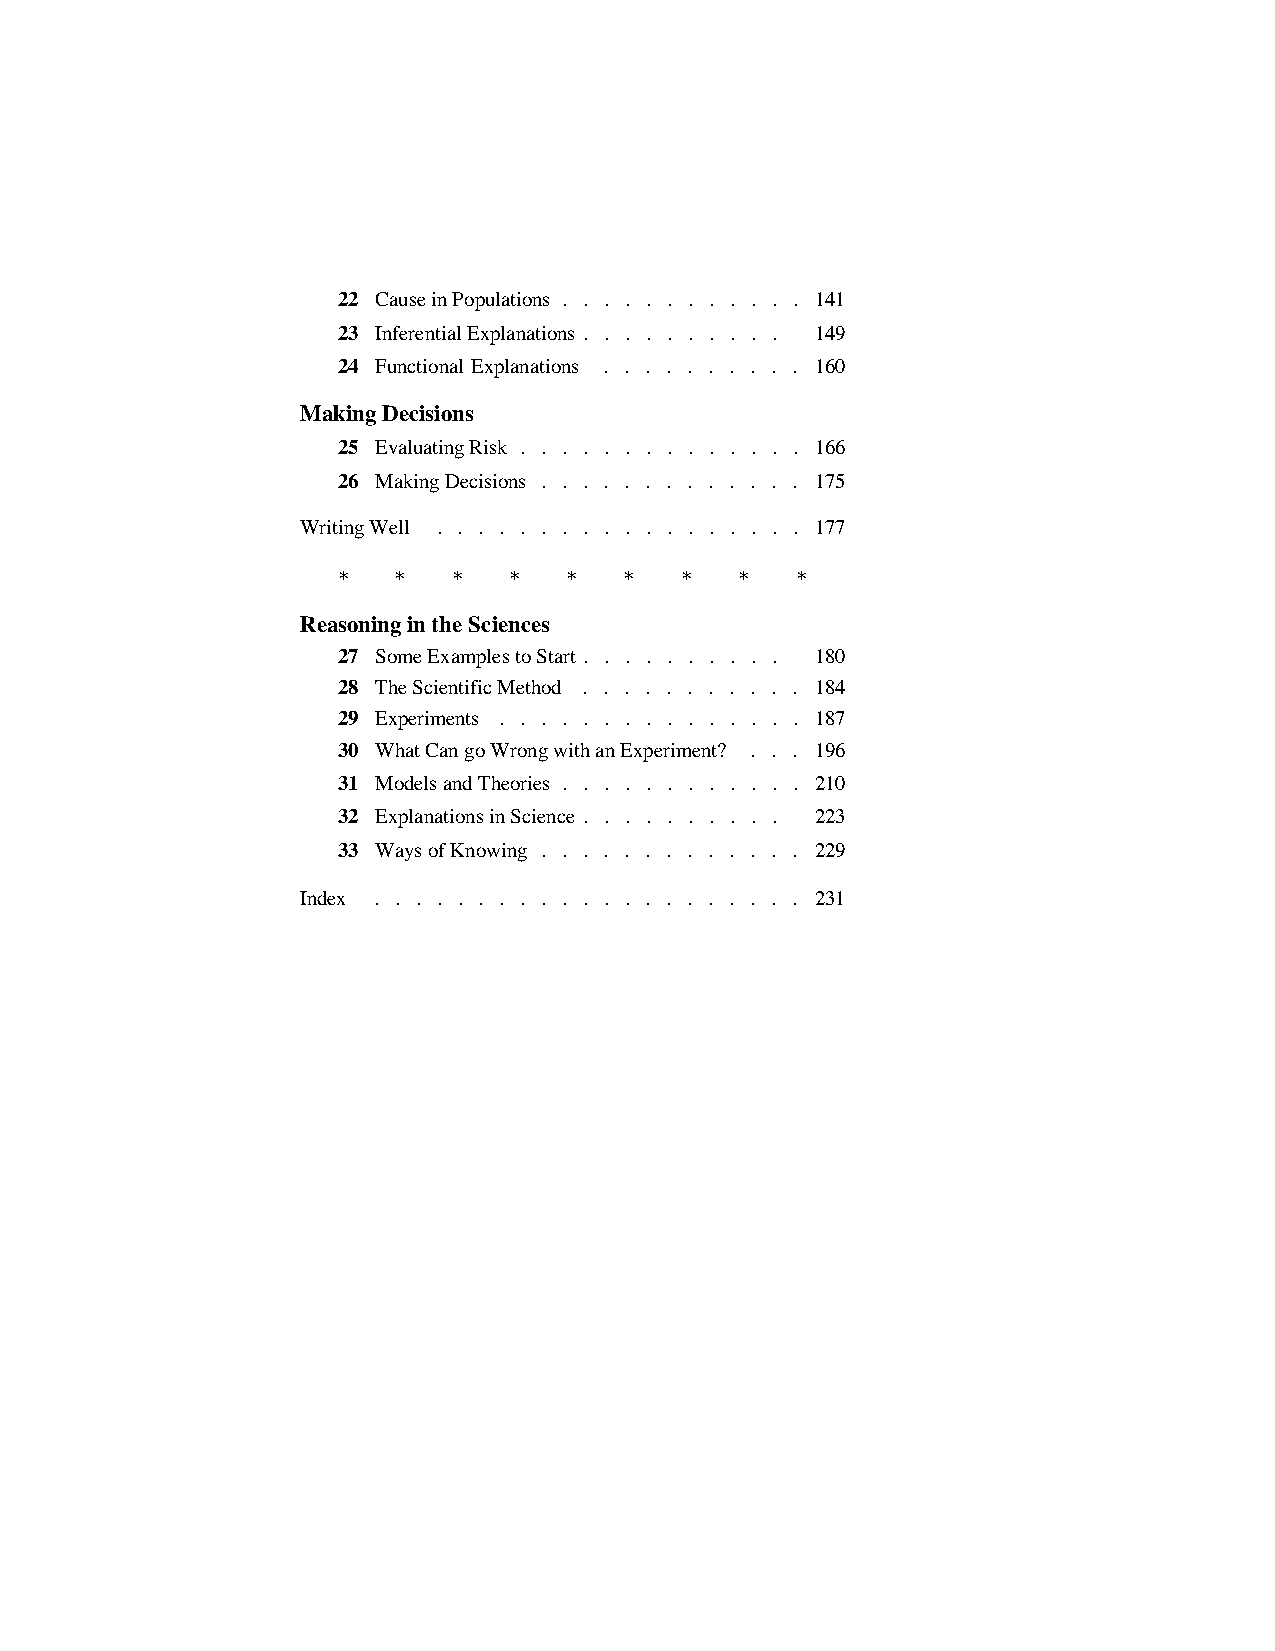
22 Cause in Populations . . . . . . . . . . . . 141
 23 Inferential Explanations . . . . . . . . . . 149
 24 Functional Explanations . . . . . . . . . . 160
 Making Decisions
 25 Evaluating Risk . . . . . . . . . . . . . . 166
 26 Making Decisions . . . . . . . . . . . . . 175
 Writing Well . . . . . . . . . . . . . . . . . . 177
 *   *   *   *   *  *   *   *   *
 Reasoning in the Sciences
 27 Some Examples to Start . . . . . . . . . . 180
 28 The Scientific Method . . . . . . . . . . . 184
 29 Experiments . . . . . . . . . . . . . . . 187
 30 What Can go Wrong with an Experiment? . . . 196
 31 Models and Theories . . . . . . . . . . . . 210
 32 Explanations in Science . . . . . . . . . . 223
 33 Ways of Knowing . . . . . . . . . . . . . 229
 Index . . . . . . . . . . . . . . . . . . . . . 231